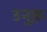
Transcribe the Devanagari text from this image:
उनुक़